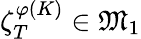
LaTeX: \zeta_{T}^{\varphi(K)}\in\mathfrak{M}_{1}